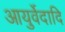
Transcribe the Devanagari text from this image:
आयुर्वेदादि